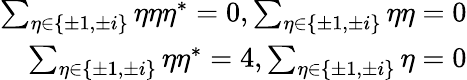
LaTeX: \begin{array}{r}{\sum_{\eta\in\{ \pm 1,\pm i\} }\eta\eta\eta^{*}=0,\sum_{\eta\in\{ \pm 1,\pm i\} }\eta\eta=0}\\ {\sum_{\eta\in\{ \pm 1,\pm i\} }\eta\eta^{*}=4,\sum_{\eta\in\{ \pm 1,\pm i\} }\eta=0}\end{array}